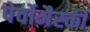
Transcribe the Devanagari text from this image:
पेर्वोमैस्की